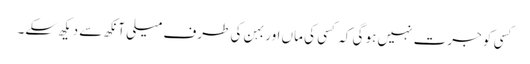
کسی کو جرت نہیں ہو گی کہ کسی کی ماں اور بہن کی طرف میلی آنکھ سے دیکھ سکے۔